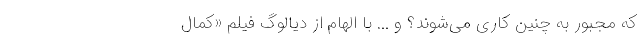
که مجبور به چنین کاری می‌شوند؟ و ... با الهام از دیالوگ فیلم «کمال